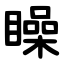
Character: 矂